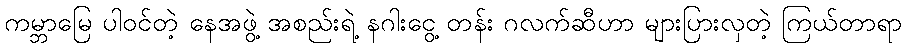
ကမ္ဘာမြေ ပါဝင်တဲ့ နေအဖွဲ့ အစည်းရဲ့ နဂါးငွေ့ တန်း ဂလက်ဆီဟာ များပြားလှတဲ့ ကြယ်တာရာ